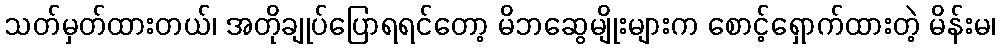
သတ်မှတ်ထားတယ်၊ အတိုချုပ်ပြောရရင်တော့ မိဘဆွေမျိုးများက စောင့်ရှောက်ထားတဲ့ မိန်းမ၊